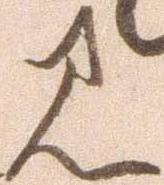
見